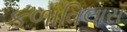
કળાવિલાસ